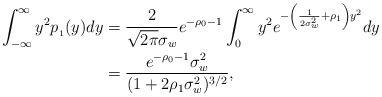
LaTeX: \begin{align*}\int_{-\infty}^{\infty}y^2 p_{_1}(y) dy &= \frac{2}{\sqrt{2 \pi}\sigma_w}e^{-\rho_0 -1}\int_{0}^{\infty}y^2 e^{-\left(\frac{1}{2 \sigma_w^2} +\rho_1\right) y^2} dy \\&=\frac{e^{-\rho_0 -1} \sigma_w^2}{(1 + 2\rho_1 \sigma_w^2)^{3/2}},\end{align*}